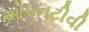
ઓપનટીવી